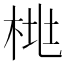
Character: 𱣛